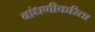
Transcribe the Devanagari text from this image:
बांधणीकरिता